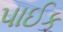
પાઈક